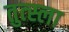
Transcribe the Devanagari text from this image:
तुत्स्ला